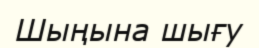
Шыңына шығу